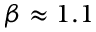
\beta \approx 1 . 1